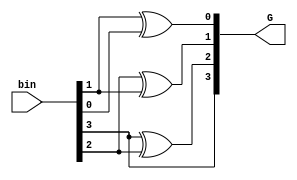
// Module p1 for question 1
module p1(G,bin);

input [3:0] bin;        //binary input
output [3:0] G;        //gray code output

assign G[3] = bin[3];
assign G[2] = bin[3] ^ bin[2];
assign G[1] = bin[2] ^ bin[1];
assign G[0] = bin[1] ^ bin[0];

endmodule